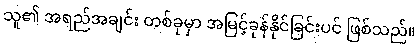
သူ၏ အရည်အချင်း တစ်ခုမှာ အမြင့်ခုန်နိုင်ခြင်းပင် ဖြစ်သည်။